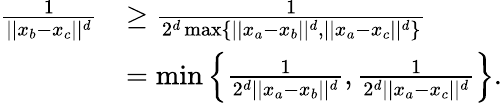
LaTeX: \begin{array}{rl}{\frac{1}{||x_{b}-x_{c}||^{d}}}&{\geq\frac{1}{2^{d}\operatorname*{max}\{ ||x_{a}-x_{b}||^{d},||x_{a}-x_{c}||^{d}\} }}\\ &{=\operatorname*{min}\left\{ \frac{1}{2^{d}||x_{a}-x_{b}||^{d}},\frac{1}{2^{d}||x_{a}-x_{c}||^{d}}\right\} .}\end{array}